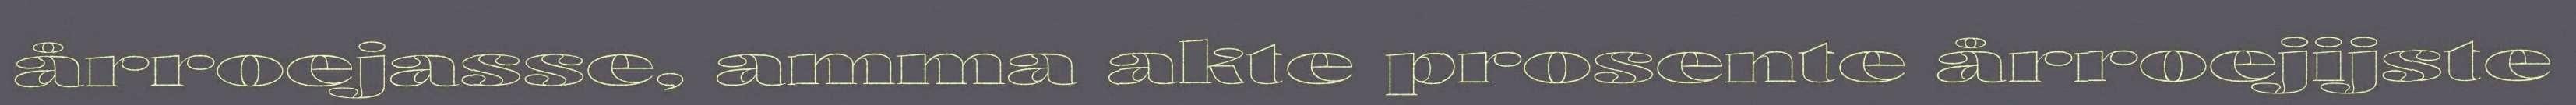
årroejasse, amma akte prosente årroejijste